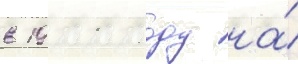
в 1911 году на́